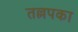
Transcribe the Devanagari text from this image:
तल्लपका